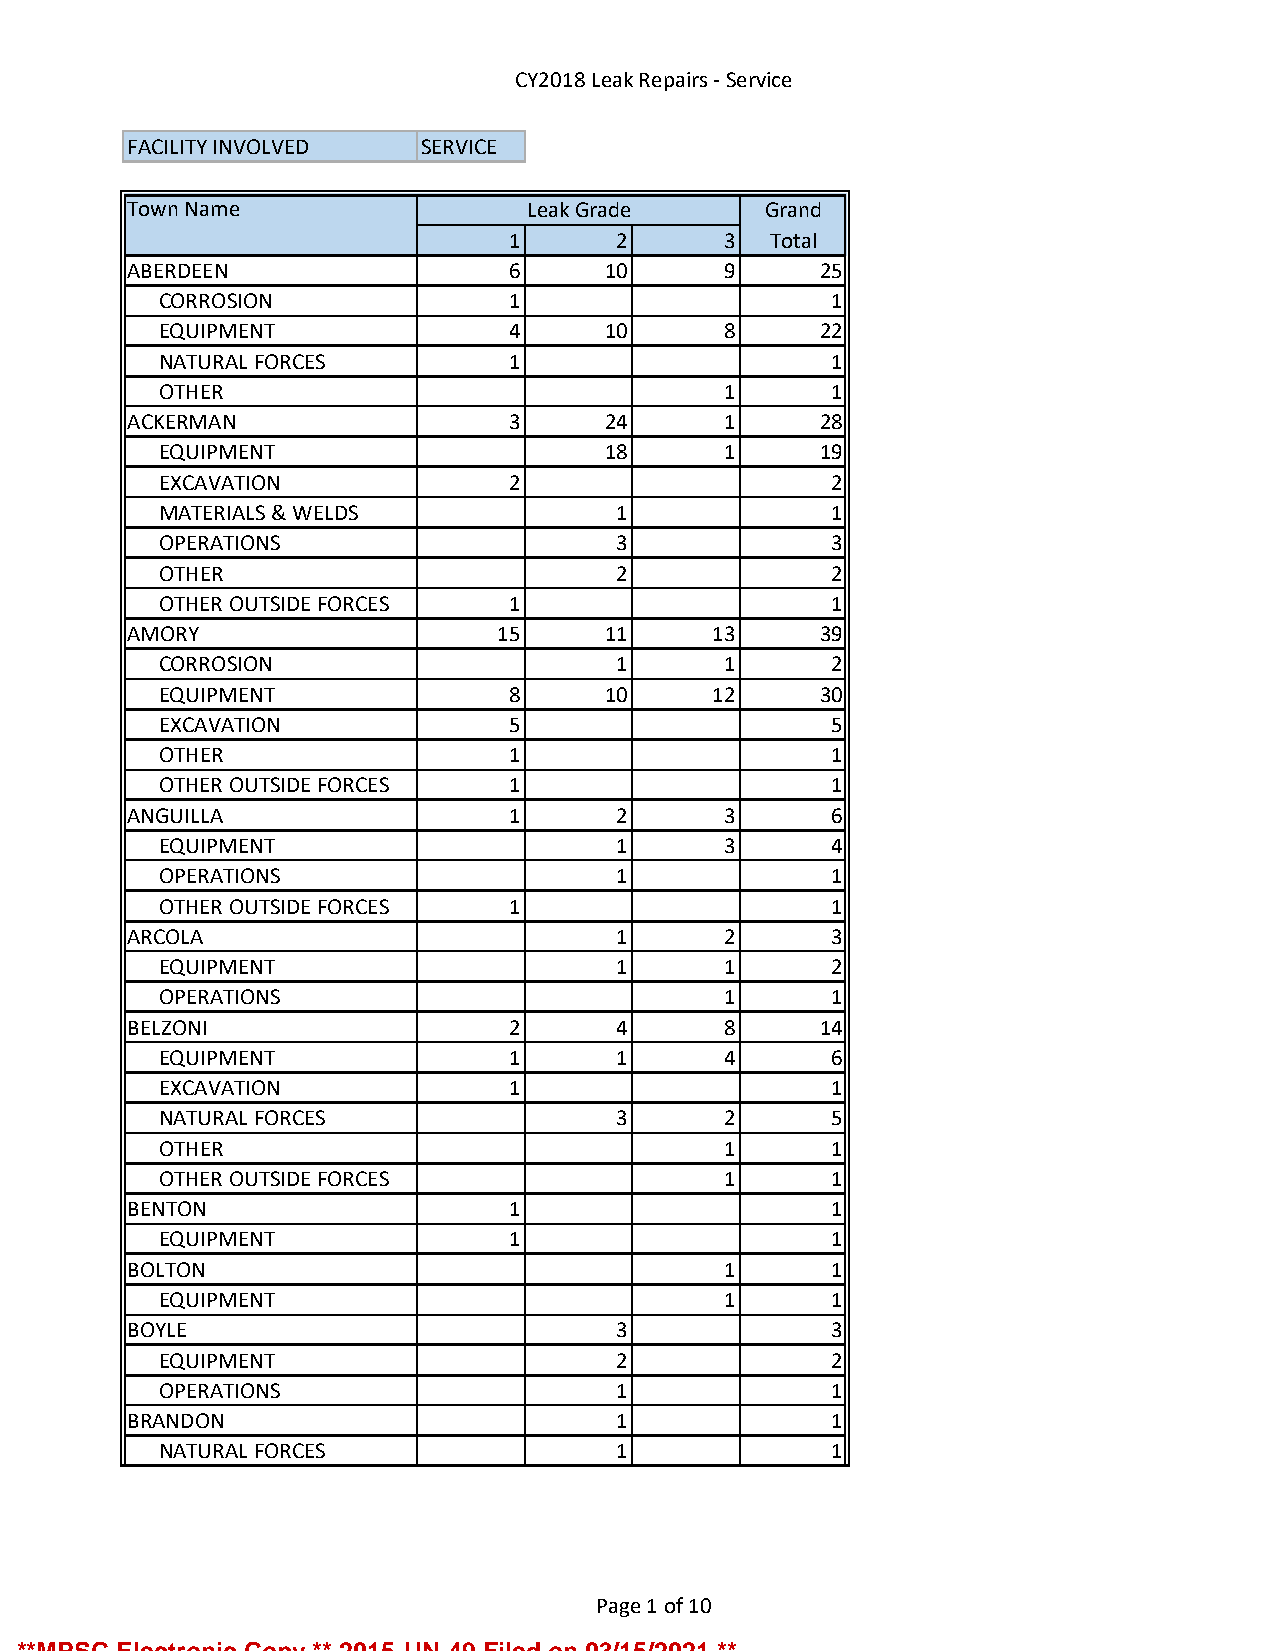
CY2018 Leak Repairs - Service
 FACILITY INVOLVED  SERVICE
 Town Name                 Leak Grade      Grand
 1      2      3  Total
 ABERDEEN                 6     10      9     25
 CORROSION              1                    1
 EQUIPMENT              4     10      8     22
 NATURAL FORCES         1                    1
 OTHER                                1      1
 ACKERMAN                 3     24      1     28
 EQUIPMENT                    18      1     19
 EXCAVATION             2                    2
 MATERIALS & WELDS             1             1
 OPERATIONS                    3             3
 OTHER                         2             2
 OTHER OUTSIDE FORCES   1                    1
 AMORY                   15     11     13     39
 CORROSION                     1      1      2
 EQUIPMENT              8     10     12     30
 EXCAVATION             5                    5
 OTHER                  1                    1
 OTHER OUTSIDE FORCES   1                    1
 ANGUILLA                 1      2      3      6
 EQUIPMENT                     1      3      4
 OPERATIONS                    1             1
 OTHER OUTSIDE FORCES   1                    1
 ARCOLA                          1      2      3
 EQUIPMENT                     1      1      2
 OPERATIONS                           1      1
 BELZONI                  2      4      8     14
 EQUIPMENT              1      1      4      6
 EXCAVATION             1                    1
 NATURAL FORCES                3      2      5
 OTHER                                1      1
 OTHER OUTSIDE FORCES                 1      1
 BENTON                   1                    1
 EQUIPMENT              1                    1
 BOLTON                                 1      1
 EQUIPMENT                            1      1
 BOYLE                           3             3
 EQUIPMENT                     2             2
 OPERATIONS                    1             1
 BRANDON                         1             1
 NATURAL FORCES                1             1
 Page 1 of 10
 **MPSC Electronic Copy ** 2015-UN-49 Filed on 03/15/2021 **